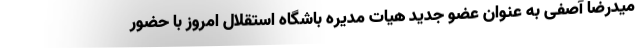
میدرضا آصفی به عنوان عضو جدید هیات مدیره باشگاه استقلال امروز با حضور